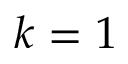
k = 1